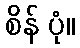
စိန် ပုံ။